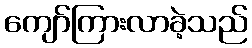
ကျော်ကြားလာခဲ့သည်